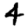
Digit: 4